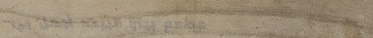
مطعم بيتزا البيت: أجمل بي